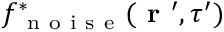
f _ { \mathrm { ~ n ~ o ~ i ~ s ~ e ~ } } ^ { * } ( \textbf { r } ^ { \prime } , \tau ^ { \prime } )